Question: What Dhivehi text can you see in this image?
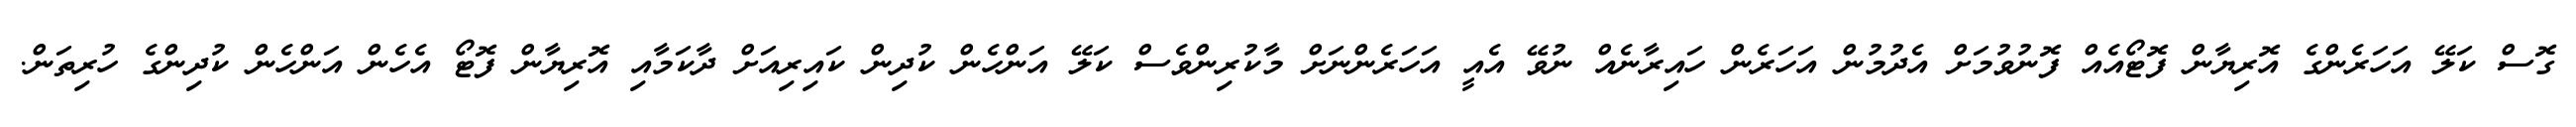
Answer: ގޮސް ކަލޭ އަހަރެންގެ އޮރިޔާން ފޮޓޯއެއް ފޮނުވުމަށް އެދުމުން އަހަރެން ހައިރާނެއް ނުވޭ އެއީ އަހަރެންނަށް މާކުރިންވެސް ކަލޭ އަންހެން ކުދިން ކައިރިއަށް ދާކަމާއި އޮރިޔާން ފޮޓޯ އެހެން އަންހެން ކުދިންގެ ހުރިތަން.